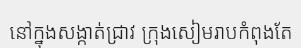
នៅក្នុងសង្កាត់ជ្រាវ ក្រុងសៀមរាបកំពុងតែ